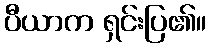
ပီယာက ရှင်းပြ၏။